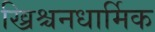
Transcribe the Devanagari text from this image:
ख्रिश्चनधार्मिक